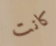
كانت